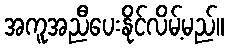
အကူအညီပေးနိုင်လိမ့်မည်။